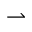
\rightharpoonup